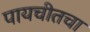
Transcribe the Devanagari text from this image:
पायचीतचा